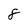
Character: 8